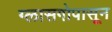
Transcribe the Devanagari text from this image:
ग्लासगोपासून